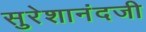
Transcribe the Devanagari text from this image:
सुरेशानंदजी